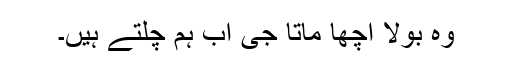
وہ بولا اچھا ماتا جی اب ہم چلتے ہیں۔